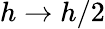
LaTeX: h\to h/2